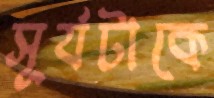
সূর্যটাকে